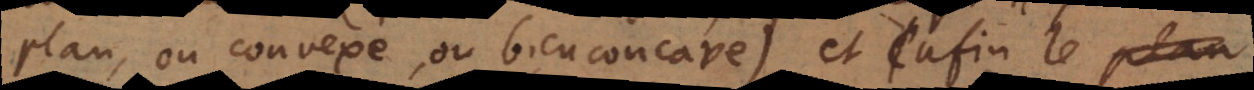
plan, ou convexe, ou bien concave) et enfin le plan